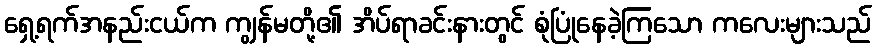
ရှေ့ရက်အနည်းငယ်က ကျွန်မတို့၏ အိပ်ရာခင်းနားတွင် စုံပြုံနေခဲ့ကြသော ကလေးများသည်